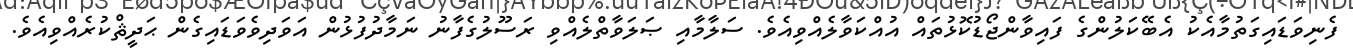
ފެނިވަޑައިގަތުމާއެކު އެބޭކަލުންގެ ފައިވާންޖޯޑުކޮޅުތައް އުއްކަވާލެއްވިއެވެ. ސަލާމާއި ޞަލަވާތްލެއްވި ރަސޫލުގެފާނު ނަމާދުފުޅުން އަވަދިވެވަޑައިގެން ޙަދީޘްކުރެއްވިއެވެ.